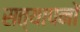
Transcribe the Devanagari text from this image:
सत्यापनों